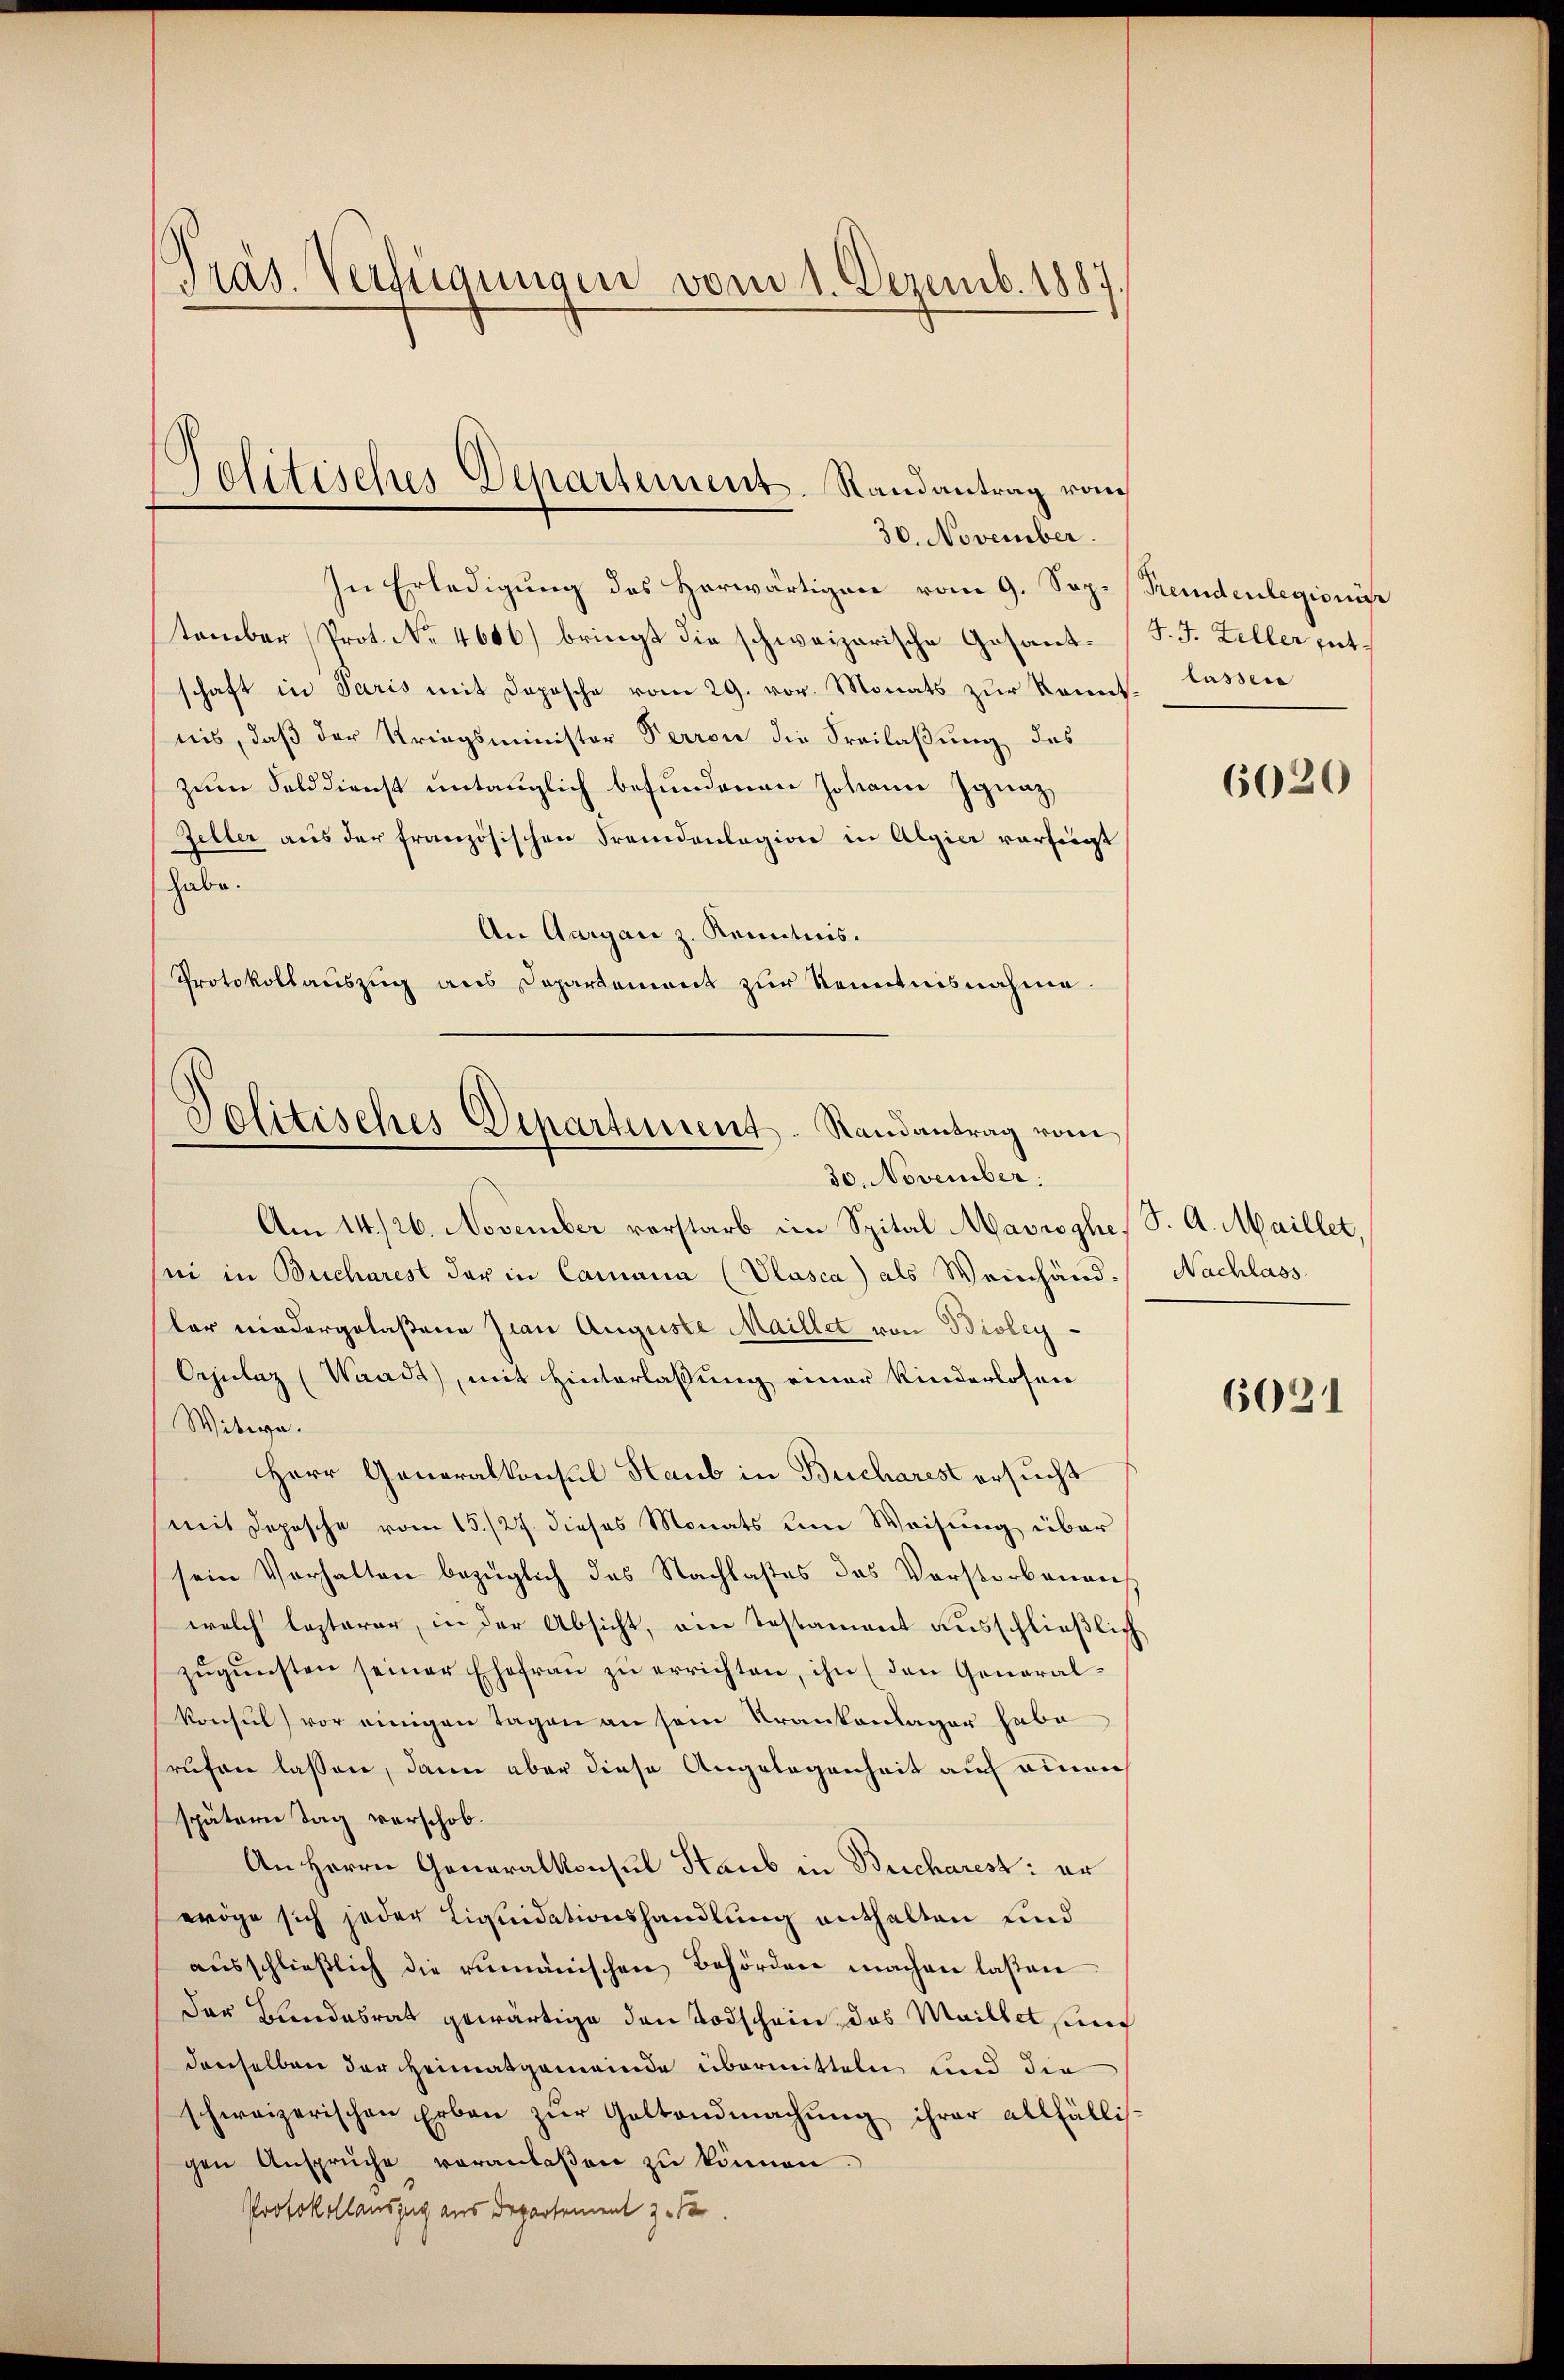
Präs. Verfügungen vom 1. Dezemb. 1887

In Erledigung des Herwärtigen vom 9. Sep. (Fremdenlegionis
tember (Prot. No. 4606) bringt die schweizerische Gosant-F. J. Zeller gut.
schaft in Paris mit Deposche vom 29. vor. Monats zur konnt
nis, daß der Kriegsminister Perron die Freilaßung des
zum Selddienst untauglich befundenen Johann Ignaz
Zeller aus der französischen Fremdenlagion in Algier vorzeigt
habe.
An Aargau z. Kenntnis.
Protokollauszug aus Departement zur Kenntnisnahme.

Telitisches Departement. Randantrag von
30. November.

Am 14./26. November vorstarb im Spital Mavrophe, S. A. Maillet
sei in Bucharest der in Camana (Plasca) als Weinhand. Nachlass
ler niedergelaßene Jian Auguste Maillet von Bioley¬
Orjulaz (Waadt, mit Hinterlassung einer Kinderlosen
Witwe.
Herr Generalkonsul Haub in Bucharest ersucht
mit Depesche vom 15./27. dieses Monats um Weisung über
sein Verhalten bezüglich das Nachlastes des Vorstorbenen
welch lezterer, in der Absicht, ein Testament ausschließlich
zŭgŭnsten seiner Ehefraŭ zŭ errichten, ihn (den General-
konsul) vor einigen Tagen an sein Krankenlager habe
rufen lassen, dann aber diese Angelegenheit auch einen
spätern Tag verschob.
An Herrn Generalkonsul Staub in Bucharest: er
wöge sich jeder Liquidationshandlung enthalten und
aŭsschlieβlich die rumänischen Behörden machen laßen
Der Bundesrat gewärtige den Todschein, das Maillet, und
denselben der Heimatgemeinde übermitteln und die
schweizerischen Erben zŭr Geltendmachŭng ihrer allfällis-
gen Anspruche veranlaßen zu können.
Protokollauszug aus Departement z.

Politisches Departement-Randantrag vom
30. November.

lassen

6020

6021